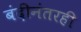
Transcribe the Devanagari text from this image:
बंदीनंतरही